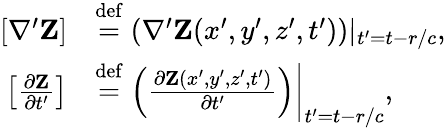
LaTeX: \begin{array}{rl}{[\nabla^{\prime}{\mathbf Z}]}&{\stackrel{\operatorname{def}}{=}(\nabla^{\prime}{\mathbf Z}(x^{\prime},y^{\prime},z^{\prime},t^{\prime}))|_{t^{\prime}=t-r/c},}\\ {\left[\frac{\partial{\mathbf Z}}{\partial t^{\prime}}\right]}&{\stackrel{\operatorname{def}}{=}\left(\frac{\partial{\mathbf Z}(x^{\prime},y^{\prime},z^{\prime},t^{\prime})}{\partial t^{\prime}}\right)\bigg\rvert_{t^{\prime}=t-r/c},}\end{array}